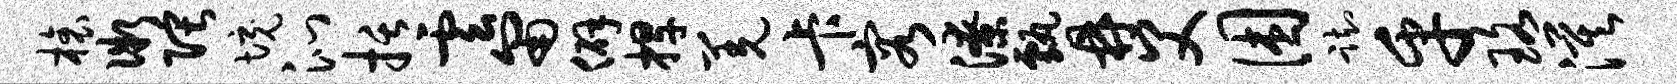
榱微隈境沁括云匍僻捍羌卡容潦甄鼎父困踟乎珞漠